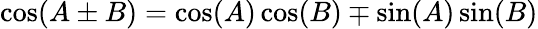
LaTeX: \cos(A\pm B)=\cos(A)\cos(B)\mp\sin(A)\sin(B)